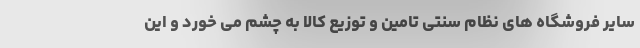
سایر فروشگاه های نظام سنتی تامین و توزیع کالا به چشم می خورد و این